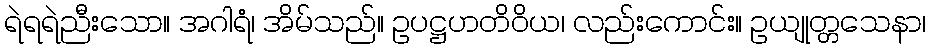
ရဲရရဲညီးသော။ အဂါရံ၊ အိမ်သည်။ ဥပဋ္ဌဟတိဝိယ၊ လည်းကောင်း။ ဥယျုတ္တသေနာ၊